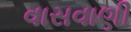
વાસવાણી